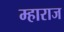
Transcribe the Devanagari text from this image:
म्हाराज